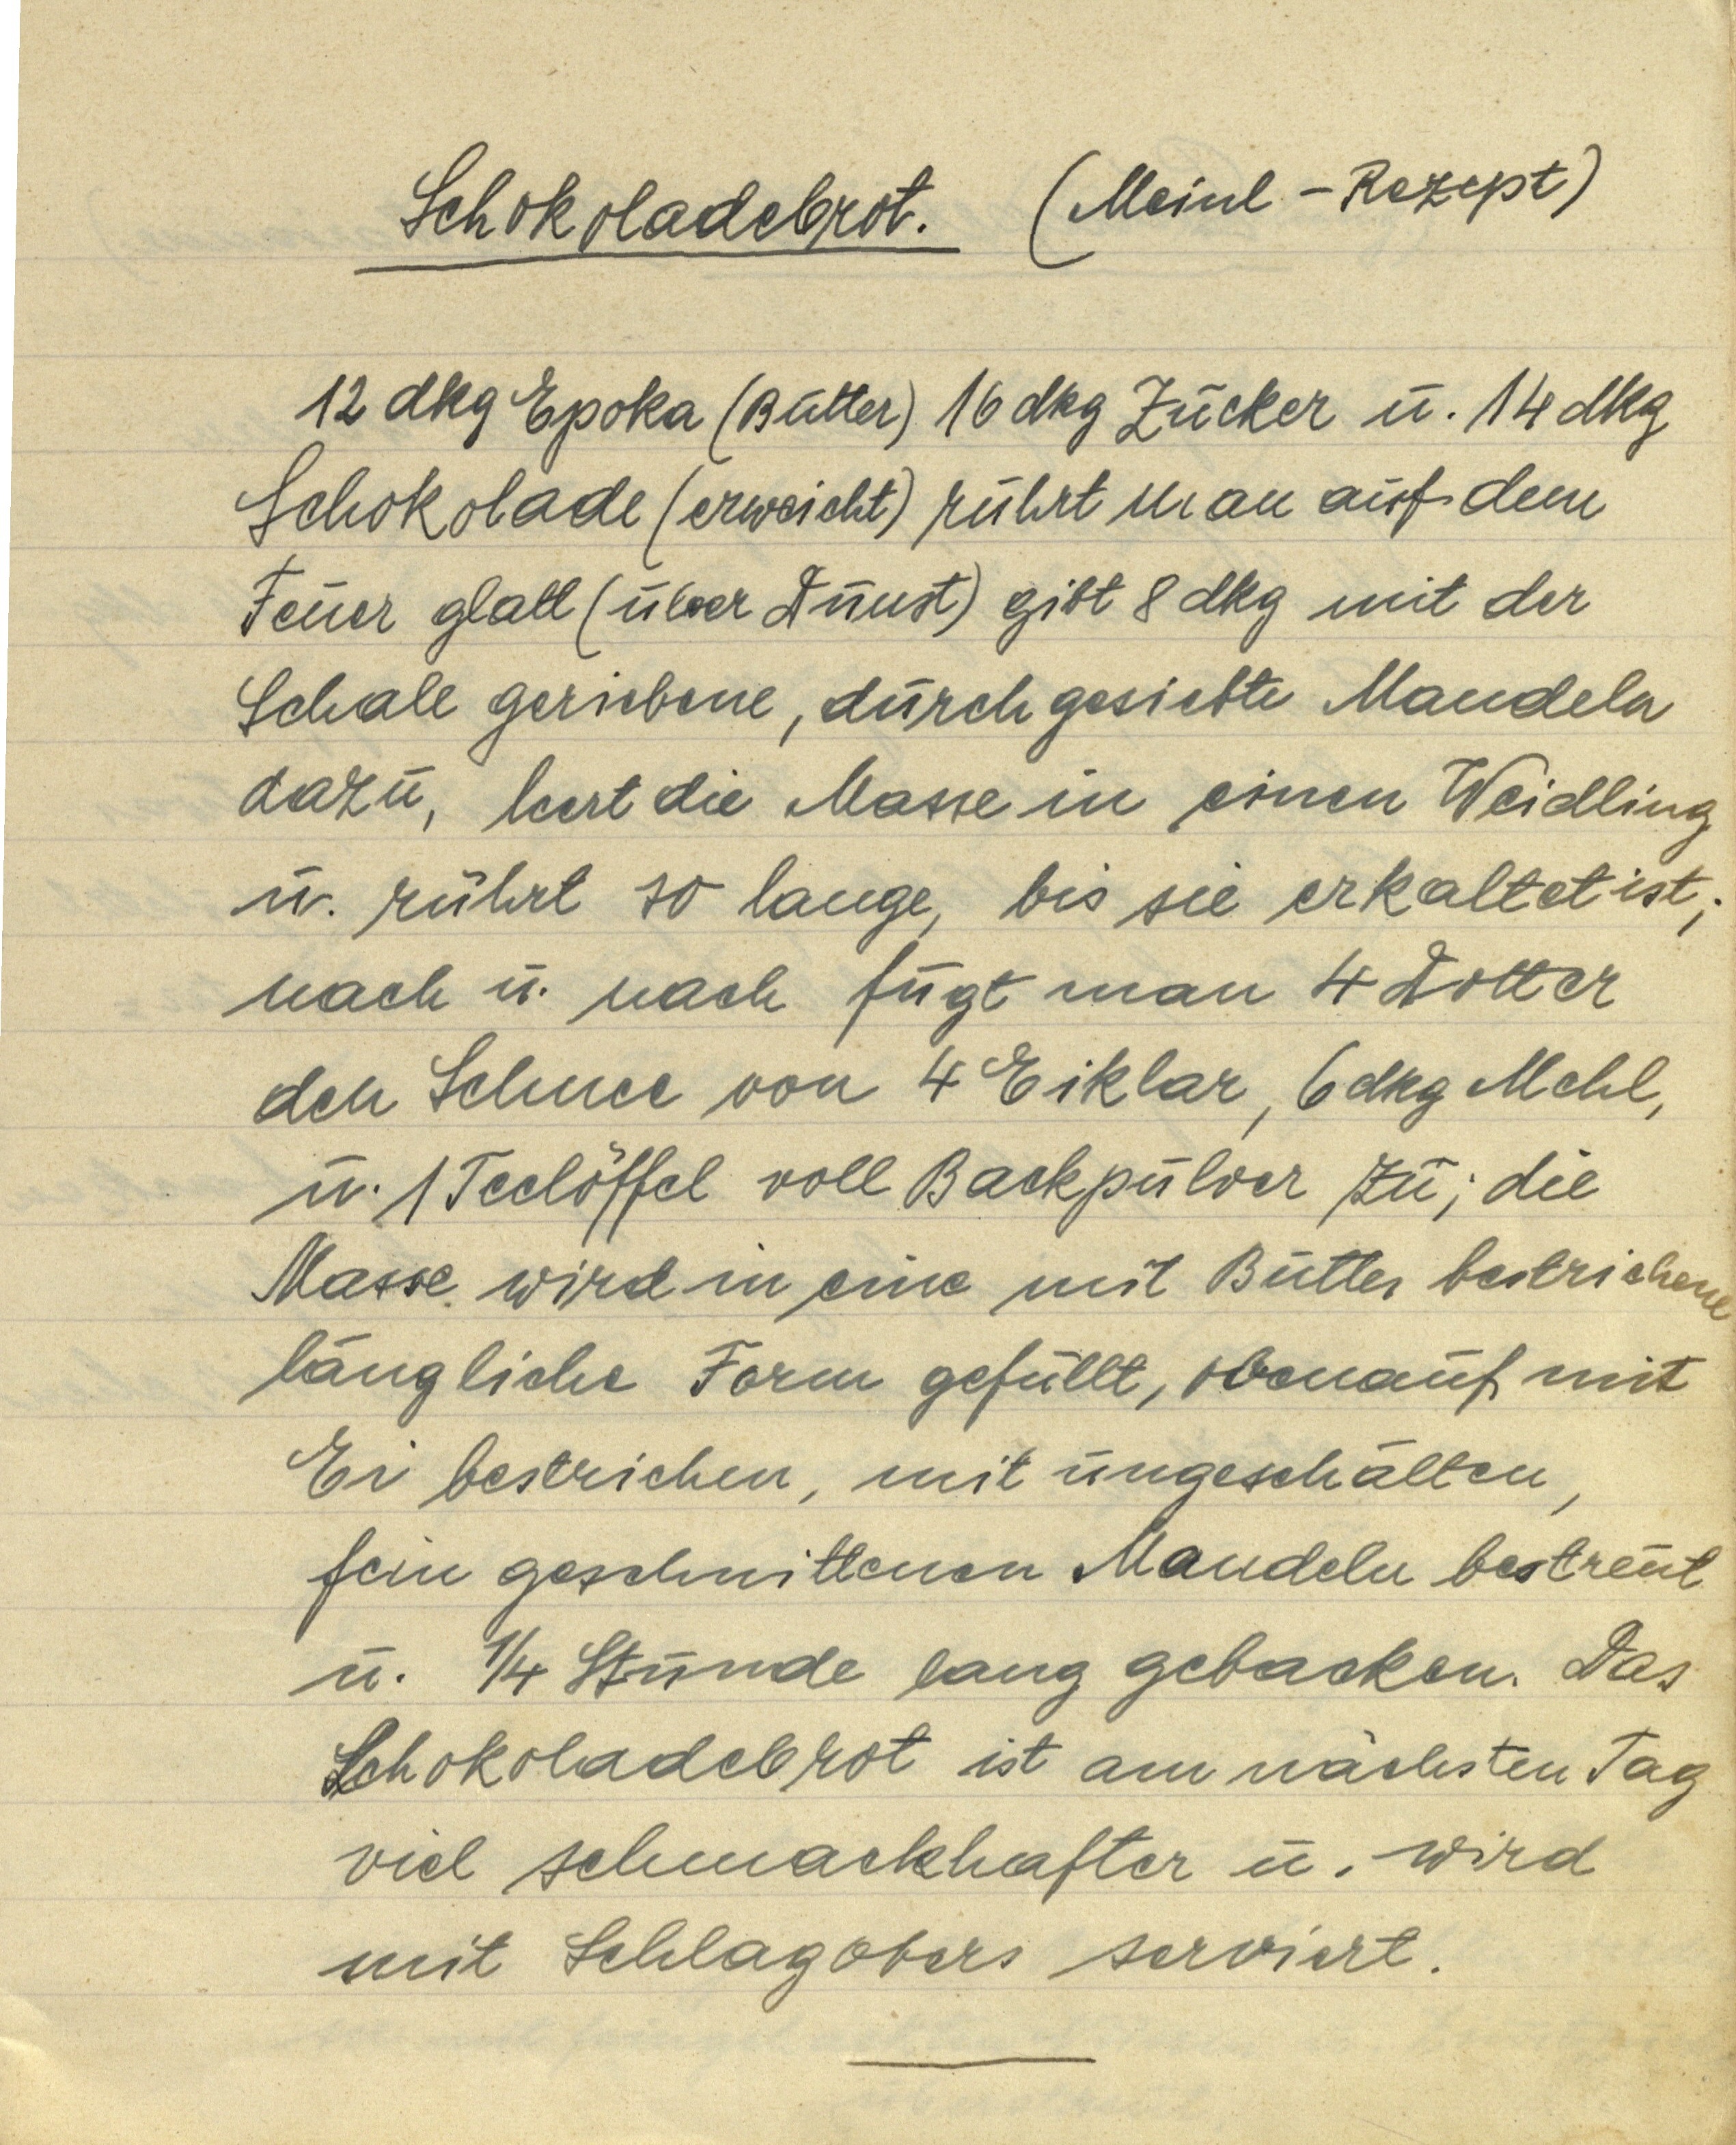
Schokoladebrot. (Meinl — Rezept)

12 dkg Epoka (Butter) 16 dkg Zucker u. 14 dkg
Schokolade (erweicht) rührt man auf dem
Feuer glatt (über Dunst) gibt 8 dkg mit der
Schale geriebene, durchgesiebte Mandeln
dazu, leert die Masse in einem Weidling
u. rührt so lange, bis sie erkaltet ist;
nach u. nach fügt man 4 Dotter
den Schnee von 4 Eiklar, 6 dkg Mehl,
u. 1 Teelöffel voll Backpulver zu; die
Masse wird in eine mit Butter bestrichene
längliche Form gefüllt, obenauf mit
Ei bestrichen, mit ungeschälten
fein geschnittenen Mandeln bestreut
u. ¼ Stunde lang gebacken. Das
Schokoladebrot ist am nächsten Tag
viel schmackhafter u. wird
mit Schlagobers serviert.